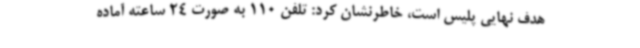
هدف نهایی پلیس است، خاطرنشان کرد: تلفن 110 به صورت 24 ساعته آماده